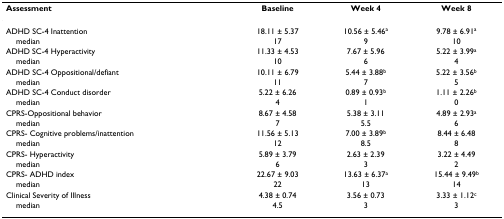
<table><thead><tr><td><b>Assessment</b></td><td><b>Baseline</b></td><td><b>Week 4</b></td><td><b>Week 8</b></td></tr></thead><tbody><tr><td>ADHD SC-4 Inattention</td><td>18.11 ± 5.37</td><td>10.56 ± 5.46<sup>a</sup></td><td>9.78 ± 6.91<sup>a</sup></td></tr><tr><td> median</td><td>17</td><td>9</td><td>10</td></tr><tr><td>ADHD SC-4 Hyperactivity</td><td>11.33 ± 4.53</td><td>7.67 ± 5.96</td><td>5.22 ± 3.99<sup>a</sup></td></tr><tr><td> median</td><td>10</td><td>6</td><td>4</td></tr><tr><td>ADHD SC-4 Oppositional/defiant</td><td>10.11 ± 6.79</td><td>5.44 ± 3.88<sup>b</sup></td><td>5.22 ± 3.56<sup>b</sup></td></tr><tr><td> median</td><td>11</td><td>7</td><td>5</td></tr><tr><td>ADHD SC-4 Conduct disorder</td><td>5.22 ± 6.26</td><td>0.89 ± 0.93<sup>b</sup></td><td>1.11 ± 2.26<sup>b</sup></td></tr><tr><td> median</td><td>4</td><td>1</td><td>0</td></tr><tr><td>CPRS-Oppositional behavior</td><td>8.67 ± 4.58</td><td>5.38 ± 3.11</td><td>4.89 ± 2.93<sup>a</sup></td></tr><tr><td> median</td><td>7</td><td>5.5</td><td>6</td></tr><tr><td>CPRS- Cognitive problems/inattention</td><td>11.56 ± 5.13</td><td>7.00 ± 3.89<sup>b</sup></td><td>8.44 ± 6.48</td></tr><tr><td> median</td><td>12</td><td>8.5</td><td>8</td></tr><tr><td>CPRS- Hyperactivity</td><td>5.89 ± 3.79</td><td>2.63 ± 2.39</td><td>3.22 ± 4.49</td></tr><tr><td> median</td><td>6</td><td>3</td><td>2</td></tr><tr><td>CPRS- ADHD index</td><td>22.67 ± 9.03</td><td>13.63 ± 6.37<sup>a</sup></td><td>15.44 ± 9.49<sup>b</sup></td></tr><tr><td> median</td><td>22</td><td>13</td><td>14</td></tr><tr><td>Clinical Severity of Illness</td><td>4.38 ± 0.74</td><td>3.56 ± 0.73</td><td>3.33 ± 1.12<sup>c</sup></td></tr><tr><td> median</td><td>4.5</td><td>3</td><td>3</td></tr></tbody></table>